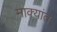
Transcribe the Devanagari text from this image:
माक्यांत